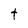
Character: t